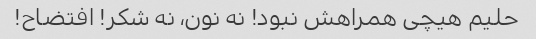
حلیم هیچی همراهش نبود! نه نون، نه شکر! افتضاح!